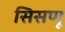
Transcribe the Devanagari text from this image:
सिसणू